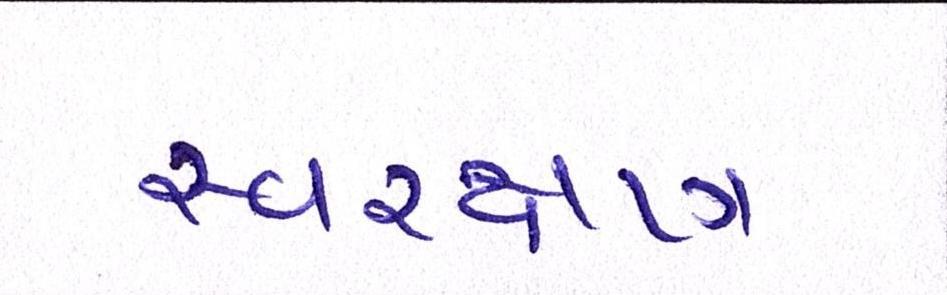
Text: સ્વરક્ષણ